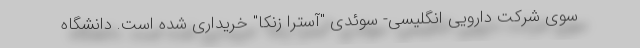
سوی شرکت دارویی انگلیسی- سوئدی "آسترا زنکا" خریداری شده است. دانشگاه